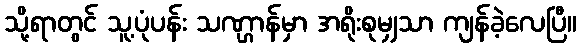
သို့ရာတွင် သူ့ပုံပန်း သဏ္ဌာန်မှာ အရိုးစုမျှသာ ကျန်ခဲ့လေပြီ။